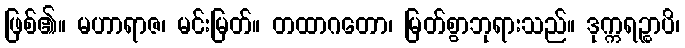
ဖြစ်၏။ မဟာရာဇ၊ မင်းမြတ်။ တထာဂတော၊ မြတ်စွာဘုရားသည်။ ဒုက္ကရဉ္စာပိ၊